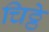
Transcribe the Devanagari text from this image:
चिठ्ठे